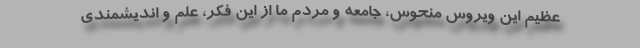
عظیم این ویروس منحوس، جامعه و مردم ما از این فکر، علم و اندیشمندی